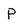
Character: P